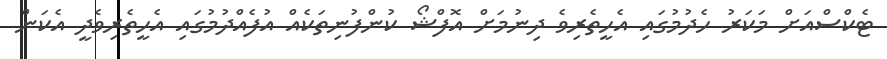
ޓެކްސްއަށް މަކަރު ހެދުމުގައި އެހީތެރިވެ ދިނުމަށް އޮފްޝޯ ކުންފުނިތަކެއް އުފެއްދުމުގައި އެހީތެރިވެދީ އެކަން